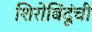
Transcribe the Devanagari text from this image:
शिरोबिंदूंची